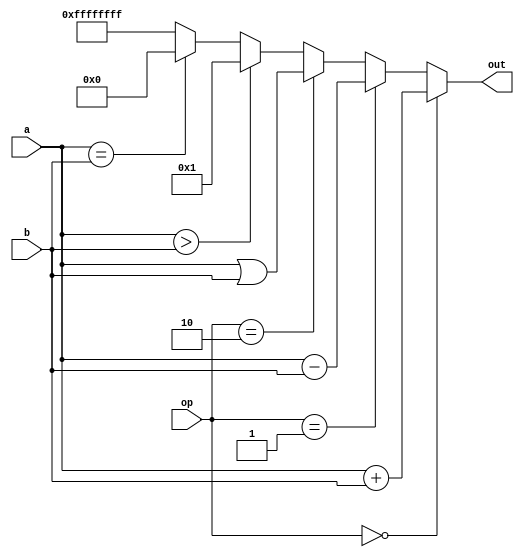
`timescale 1ns / 1ps
//////////////////////////////////////////////////////////////////////////////////
// Company: 
// Engineer: 
// 
// Design Name: 
// Module Name:    ALU 
// Project Name: 
// Target Devices: 
// Tool versions: 
// Description: 
//
// Dependencies: 
//
// Revision: 
// Revision 0.01 - File Created
// Additional Comments: 
//
//////////////////////////////////////////////////////////////////////////////////
module ALU(
    input [1:0] op,
    input [31:0] a,
    input [31:0] b,
    output [31:0] out
    );
assign out=(op==2'b0)?(a+b):
				(op==2'b1)?(a-b):
				(op==2'b10)?(a|b):
				(a>b)?32'b1:
				(a==b)?32'b0:-1;
endmodule